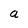
Character: a